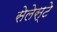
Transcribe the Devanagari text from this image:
सेलेस्टे